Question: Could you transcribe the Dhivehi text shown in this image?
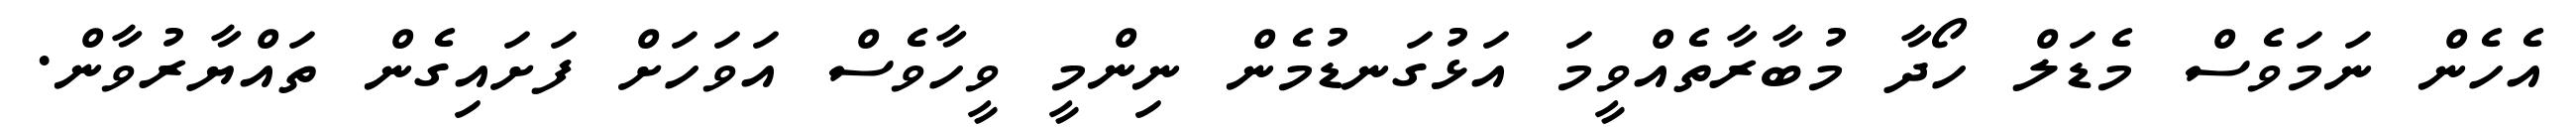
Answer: އެހެން ނަމަވެސް މެޑަލް ހޯދާ މުބާރާތެއްވީމަ އަޅުގަނޑުމެން ނިންމީ ވީހާވެސް އަވަހަށް ފަށައިގެން ތައްޔާރުވާން.